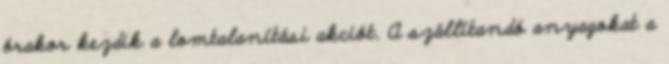
órakor kezdik a lomtalanítási akciót. A szállítandó anyagokat a